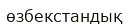
өзбекстандық